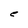
Character: e